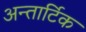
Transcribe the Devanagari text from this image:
अन्तार्टिक